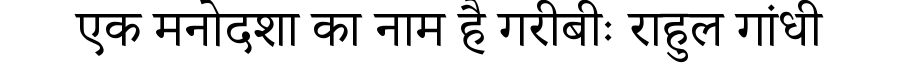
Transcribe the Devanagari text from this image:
एक मनोदशा का नाम है गरीबीः राहुल गांधी